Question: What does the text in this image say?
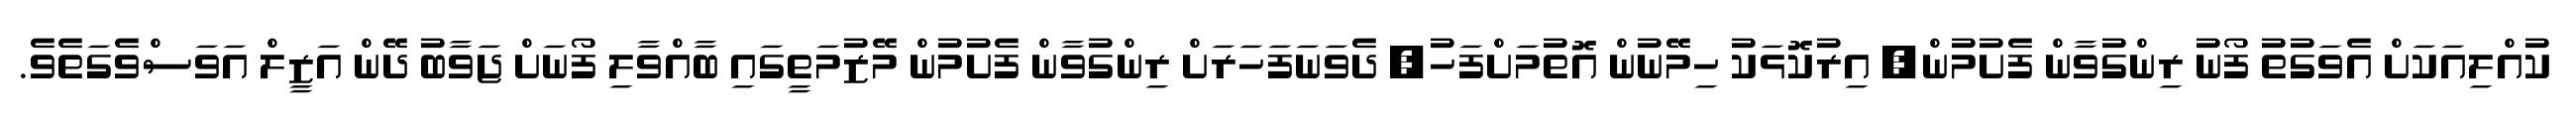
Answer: ކުއްލިއަކަށް އެވަގުތު ފޯނު ރިންގުވާން ފެށުމުން, އިރުކޮޅަކު ހިމޭނުން އޮތުމަށްފަހު, ދެވަނަފަހަރަށް ރިންގުވާން ފެށުމުން މޭޒުމަތީގައި ބާއްވާލި ފޯނަށް ޖަވާބު ދޭން އަޒީލް އަވަސްވެގަތެވެ.